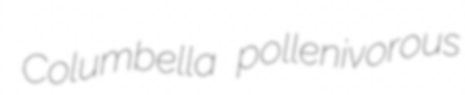
Columbella pollenivorous